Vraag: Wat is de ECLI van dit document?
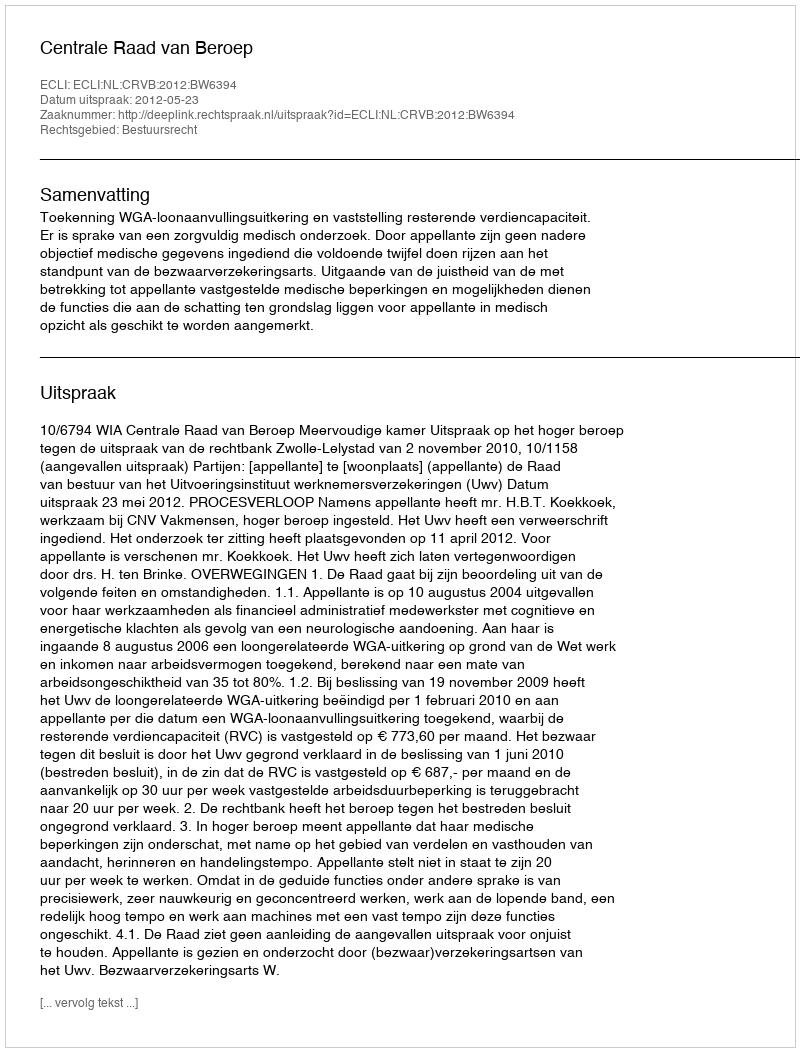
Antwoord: ECLI:NL:CRVB:2012:BW6394